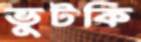
ভুটকি